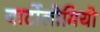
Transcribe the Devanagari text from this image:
बार्टोलोमियो